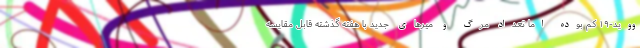
ووید-۱۹ کم بوده اما تعداد مرگ و میرهای جدید با هفته گذشته قابل مقایسه